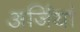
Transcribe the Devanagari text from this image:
अर्जियां